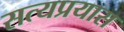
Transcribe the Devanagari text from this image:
सत्यप्रयास